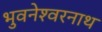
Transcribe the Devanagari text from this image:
भुवनेश्‍वरनाथ